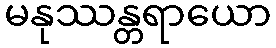
မနုဿန္တရာယော